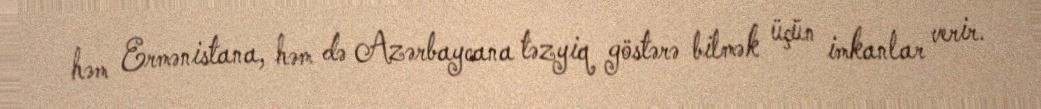
həm Ermənistana, həm də Azərbaycana təzyiq göstərə bilmək üçün imkanlar verir.